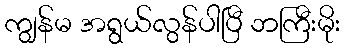
ကျွန်မ အရွယ်လွန်ပါပြီ ဘကြီးမိုး